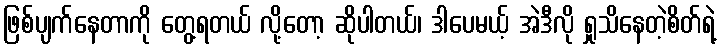
ဖြစ်ပျက်နေတာကို တွေ့ရတယ် လို့တော့ ဆိုပါတယ်၊ ဒါပေမယ့် အဲဒီလို ရှုသိနေတဲ့စိတ်ရဲ့